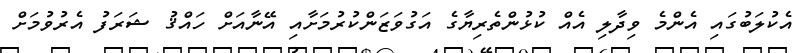
އެކުލަބުގައި އެންމެ ވިދާލި އެއް ކުޅުންތެރިޔާގެ އަގުވަޒަންކުރުމަށާއި އޭނާއަށް ހައްޤު ޝަރަފު އެރުވުމަށް